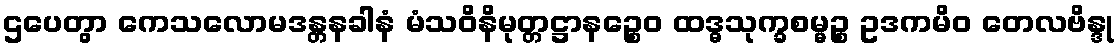
ဌပေတွာ ကေသလောမဒန္တနခါနံ မံသဝိနိမုတ္တဋ္ဌာနဉ္စေဝ ထဒ္ဓသုက္ခစမ္မဉ္စ ဥဒကမိဝ တေလဗိန္ဒု